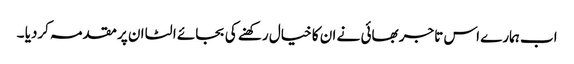
اب ہمارے اس تاجر بھائی نے ان کا خیال رکھنے کی بجائے الٹا ان پر مقدمہ کردیا ۔